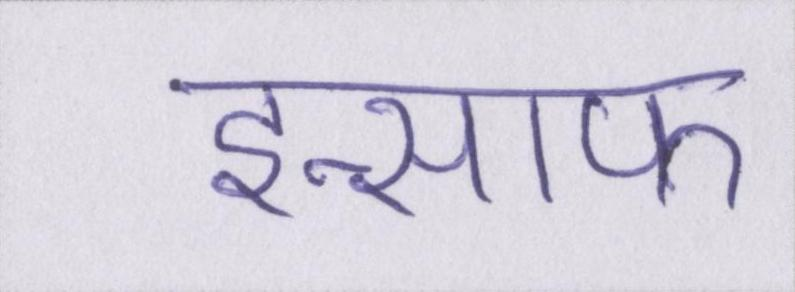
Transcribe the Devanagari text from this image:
इन्साफ